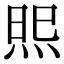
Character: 𭴫